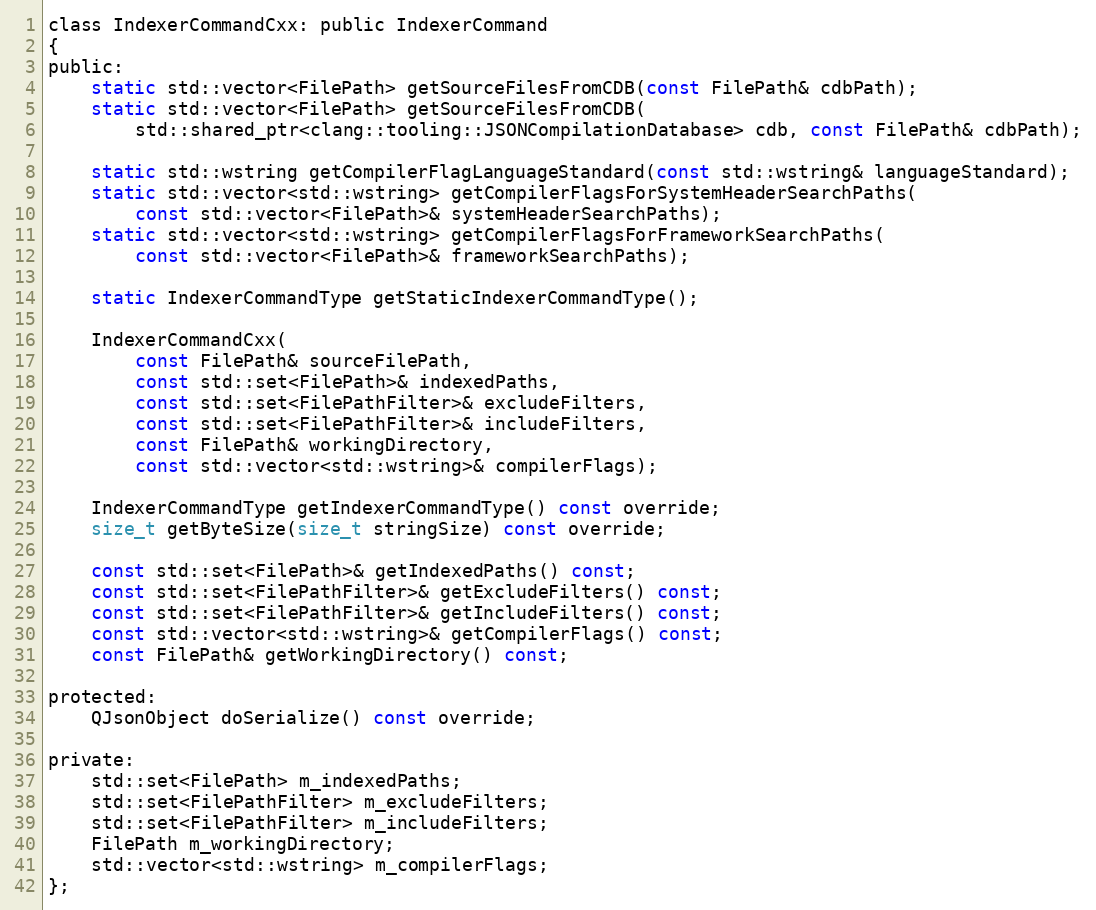
Language: C
class IndexerCommandCxx: public IndexerCommand
{
public:
	static std::vector<FilePath> getSourceFilesFromCDB(const FilePath& cdbPath);
	static std::vector<FilePath> getSourceFilesFromCDB(
		std::shared_ptr<clang::tooling::JSONCompilationDatabase> cdb, const FilePath& cdbPath);

	static std::wstring getCompilerFlagLanguageStandard(const std::wstring& languageStandard);
	static std::vector<std::wstring> getCompilerFlagsForSystemHeaderSearchPaths(
		const std::vector<FilePath>& systemHeaderSearchPaths);
	static std::vector<std::wstring> getCompilerFlagsForFrameworkSearchPaths(
		const std::vector<FilePath>& frameworkSearchPaths);

	static IndexerCommandType getStaticIndexerCommandType();

	IndexerCommandCxx(
		const FilePath& sourceFilePath,
		const std::set<FilePath>& indexedPaths,
		const std::set<FilePathFilter>& excludeFilters,
		const std::set<FilePathFilter>& includeFilters,
		const FilePath& workingDirectory,
		const std::vector<std::wstring>& compilerFlags);

	IndexerCommandType getIndexerCommandType() const override;
	size_t getByteSize(size_t stringSize) const override;

	const std::set<FilePath>& getIndexedPaths() const;
	const std::set<FilePathFilter>& getExcludeFilters() const;
	const std::set<FilePathFilter>& getIncludeFilters() const;
	const std::vector<std::wstring>& getCompilerFlags() const;
	const FilePath& getWorkingDirectory() const;

protected:
	QJsonObject doSerialize() const override;

private:
	std::set<FilePath> m_indexedPaths;
	std::set<FilePathFilter> m_excludeFilters;
	std::set<FilePathFilter> m_includeFilters;
	FilePath m_workingDirectory;
	std::vector<std::wstring> m_compilerFlags;
};